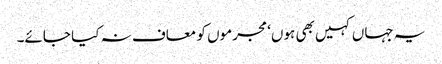
یہ جہاں کہیں بھی ہوں‘ مجرموں کو معاف نہ کیا جائے۔